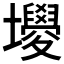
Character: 𡓻